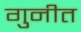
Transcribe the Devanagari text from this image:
गुनीत